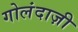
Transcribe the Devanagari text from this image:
गोलंदाज़ी